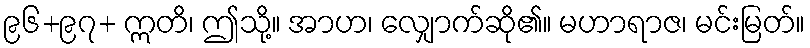
၉၆+၉၇+ ဣတိ၊ ဤသို့။ အာဟ၊ လျှောက်ဆို၏။ မဟာရာဇ၊ မင်းမြတ်။